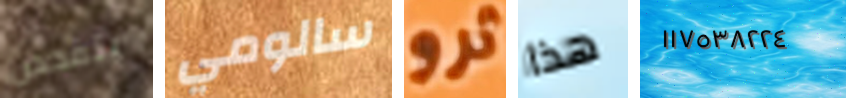
يتفحص سالومي ثرو هذا ١١٧٥٣٨٢٢٤